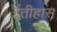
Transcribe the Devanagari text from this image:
ईतीहास